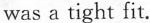
was a tight fit.